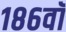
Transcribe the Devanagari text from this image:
१८६वॉ